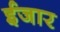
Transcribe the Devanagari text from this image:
ईजार